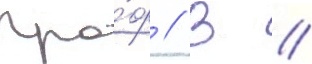
Про́ф // В //